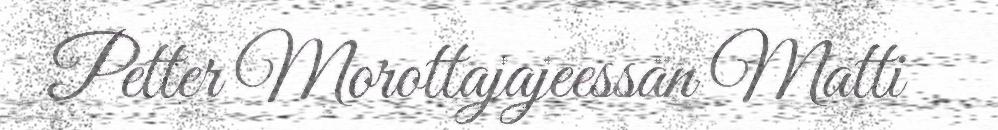
Petter Morottajajeessän Matti